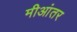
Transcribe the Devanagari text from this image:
मीआंतर